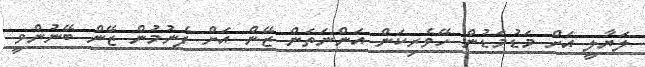
ލަޔާލީ އަށް މަޑުމަޑުން ހޭވެރިކަން އަންނަތަން ޒޭން އަށް ފެނުމުން ޒޭން ބޭނުންވީ